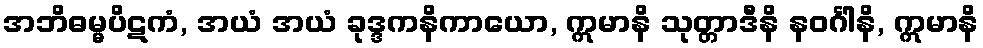
အဘိဓမ္မပိဋကံ, အယံ အယံ ခုဒ္ဒကနိကာယော, ဣမာနိ သုတ္တာဒီနိ နဝင်္ဂါနိ, ဣမာနိ